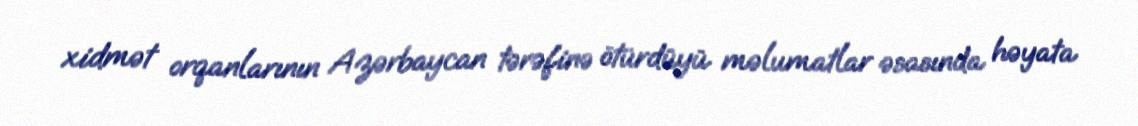
xidmət orqanlarının Azərbaycan tərəfinə ötürdüyü məlumatlar əsasında həyata